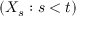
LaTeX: \left( X _ { s } : s < t \right)